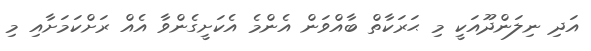
އަދި ނިލަންދޫއަކީ މި ޙަރަކާތް ބާއްވަން އެންމެ އެކަށީގެންވާ އެއް ރަށްކަމަށާއި މި